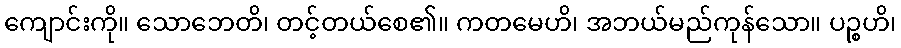
ကျောင်းကို။ သောဘေတိ၊ တင့်တယ်စေ၏။ ကတမေဟိ၊ အဘယ်မည်ကုန်သော။ ပဉ္စဟိ၊